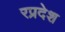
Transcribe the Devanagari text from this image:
रप्रदेश